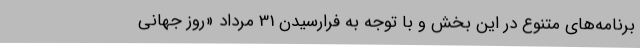
برنامه‌های متنوع در این بخش و با توجه به فرارسیدن 31 مرداد «روز جهانی